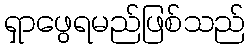
ရှာဖွေရမည်ဖြစ်သည်